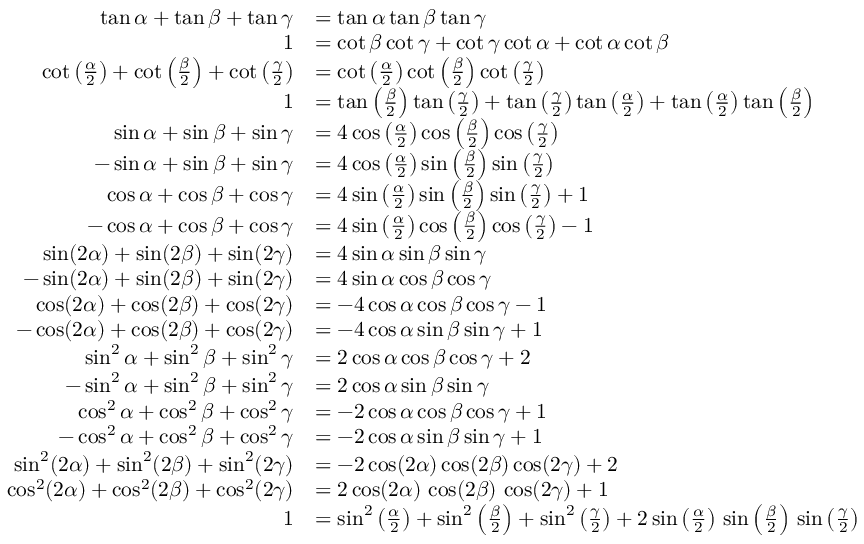
{ \begin{array} { r l } { \tan \alpha + \tan \beta + \tan \gamma } & { = \tan \alpha \tan \beta \tan \gamma } \\ { 1 } & { = \cot \beta \cot \gamma + \cot \gamma \cot \alpha + \cot \alpha \cot \beta } \\ { \cot \left( { \frac { \alpha } { 2 } } \right) + \cot \left( { \frac { \beta } { 2 } } \right) + \cot \left( { \frac { \gamma } { 2 } } \right) } & { = \cot \left( { \frac { \alpha } { 2 } } \right) \cot \left( { \frac { \beta } { 2 } } \right) \cot \left( { \frac { \gamma } { 2 } } \right) } \\ { 1 } & { = \tan \left( { \frac { \beta } { 2 } } \right) \tan \left( { \frac { \gamma } { 2 } } \right) + \tan \left( { \frac { \gamma } { 2 } } \right) \tan \left( { \frac { \alpha } { 2 } } \right) + \tan \left( { \frac { \alpha } { 2 } } \right) \tan \left( { \frac { \beta } { 2 } } \right) } \\ { \sin \alpha + \sin \beta + \sin \gamma } & { = 4 \cos \left( { \frac { \alpha } { 2 } } \right) \cos \left( { \frac { \beta } { 2 } } \right) \cos \left( { \frac { \gamma } { 2 } } \right) } \\ { - \sin \alpha + \sin \beta + \sin \gamma } & { = 4 \cos \left( { \frac { \alpha } { 2 } } \right) \sin \left( { \frac { \beta } { 2 } } \right) \sin \left( { \frac { \gamma } { 2 } } \right) } \\ { \cos \alpha + \cos \beta + \cos \gamma } & { = 4 \sin \left( { \frac { \alpha } { 2 } } \right) \sin \left( { \frac { \beta } { 2 } } \right) \sin \left( { \frac { \gamma } { 2 } } \right) + 1 } \\ { - \cos \alpha + \cos \beta + \cos \gamma } & { = 4 \sin \left( { \frac { \alpha } { 2 } } \right) \cos \left( { \frac { \beta } { 2 } } \right) \cos \left( { \frac { \gamma } { 2 } } \right) - 1 } \\ { \sin ( 2 \alpha ) + \sin ( 2 \beta ) + \sin ( 2 \gamma ) } & { = 4 \sin \alpha \sin \beta \sin \gamma } \\ { - \sin ( 2 \alpha ) + \sin ( 2 \beta ) + \sin ( 2 \gamma ) } & { = 4 \sin \alpha \cos \beta \cos \gamma } \\ { \cos ( 2 \alpha ) + \cos ( 2 \beta ) + \cos ( 2 \gamma ) } & { = - 4 \cos \alpha \cos \beta \cos \gamma - 1 } \\ { - \cos ( 2 \alpha ) + \cos ( 2 \beta ) + \cos ( 2 \gamma ) } & { = - 4 \cos \alpha \sin \beta \sin \gamma + 1 } \\ { \sin ^ { 2 } \alpha + \sin ^ { 2 } \beta + \sin ^ { 2 } \gamma } & { = 2 \cos \alpha \cos \beta \cos \gamma + 2 } \\ { - \sin ^ { 2 } \alpha + \sin ^ { 2 } \beta + \sin ^ { 2 } \gamma } & { = 2 \cos \alpha \sin \beta \sin \gamma } \\ { \cos ^ { 2 } \alpha + \cos ^ { 2 } \beta + \cos ^ { 2 } \gamma } & { = - 2 \cos \alpha \cos \beta \cos \gamma + 1 } \\ { - \cos ^ { 2 } \alpha + \cos ^ { 2 } \beta + \cos ^ { 2 } \gamma } & { = - 2 \cos \alpha \sin \beta \sin \gamma + 1 } \\ { \sin ^ { 2 } ( 2 \alpha ) + \sin ^ { 2 } ( 2 \beta ) + \sin ^ { 2 } ( 2 \gamma ) } & { = - 2 \cos ( 2 \alpha ) \cos ( 2 \beta ) \cos ( 2 \gamma ) + 2 } \\ { \cos ^ { 2 } ( 2 \alpha ) + \cos ^ { 2 } ( 2 \beta ) + \cos ^ { 2 } ( 2 \gamma ) } & { = 2 \cos ( 2 \alpha ) \, \cos ( 2 \beta ) \, \cos ( 2 \gamma ) + 1 } \\ { 1 } & { = \sin ^ { 2 } \left( { \frac { \alpha } { 2 } } \right) + \sin ^ { 2 } \left( { \frac { \beta } { 2 } } \right) + \sin ^ { 2 } \left( { \frac { \gamma } { 2 } } \right) + 2 \sin \left( { \frac { \alpha } { 2 } } \right) \, \sin \left( { \frac { \beta } { 2 } } \right) \, \sin \left( { \frac { \gamma } { 2 } } \right) } \end{array} }